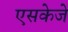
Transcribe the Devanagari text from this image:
एसकेजे